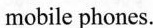
mobile phones.